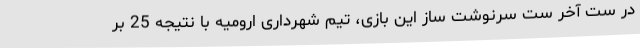
در ست آخر ست سرنوشت ساز این بازی، تیم شهرداری ارومیه با نتیجه 25 بر